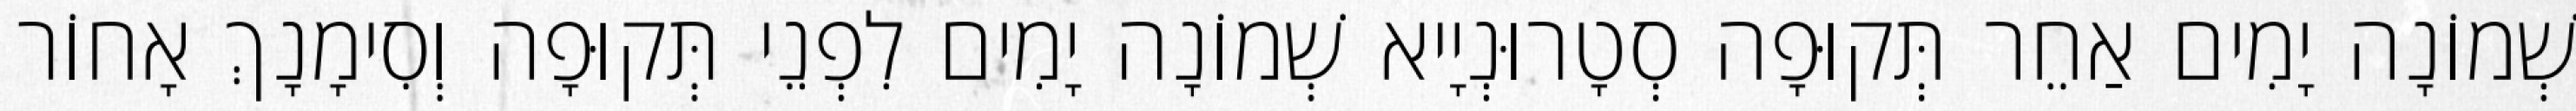
שְׁמוֹנָה יָמִים אַחֵר תְּקוּפָה סְטָרוּנְיָיא שְׁמוֹנָה יָמִים לִפְנֵי תְּקוּפָה וְסִימָנָךְ אָחוֹר